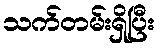
သက်တမ်းရှိပြီး